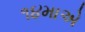
૧૪માએ